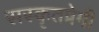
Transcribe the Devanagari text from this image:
सस्कृतप्रेमी